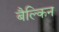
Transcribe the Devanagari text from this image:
बैल्किन